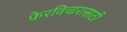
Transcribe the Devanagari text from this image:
फेरविचारासाठी